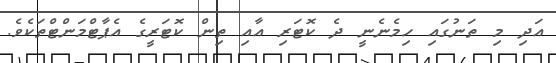
އަދި މި ތަނުގައި ހިމެނެނީ ދެ ކޮޓަރި އާއި ތިން ކޮޓަރީގެ އެޕާޓްމަންޓްތަކެވެ.